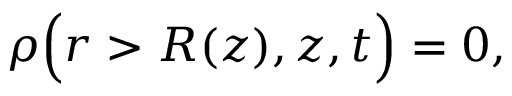
\begin{array} { r } { \rho \Big ( r > R ( z ) , z , t \Big ) = 0 , } \end{array}